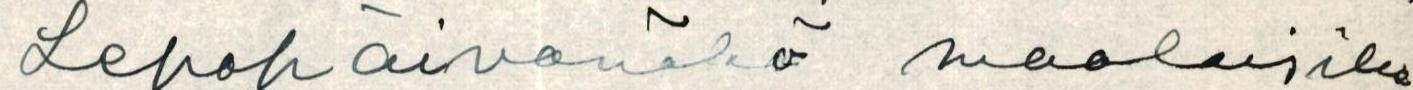
Lepopäivänäkö maalaisille